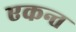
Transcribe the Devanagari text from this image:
एकन्त